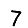
Digit: 7